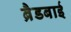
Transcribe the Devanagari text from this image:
ब्रैडबाई